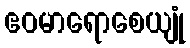
ဧဝမာရောစေယျုံ